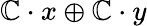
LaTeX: \mathbb{C}\cdot x\oplus\mathbb{C}\cdot y